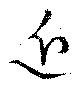
近